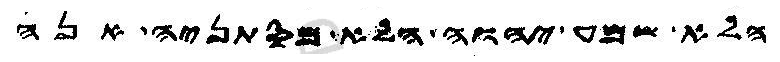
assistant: הלא שמע יהוה הלא מסתניה אנה